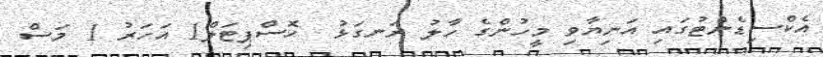
އެކްސިޑެންޓުގައި އަނިޔާވި މީހުންގެ ހާލު ރަނގަޅު  ހޮސްޕިޓަލް1 އަހަރު 1 މަސް